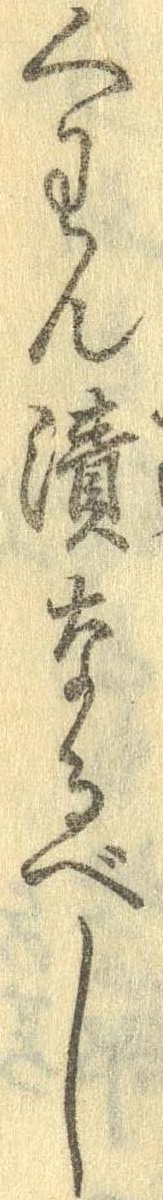
くわん漬なるべし